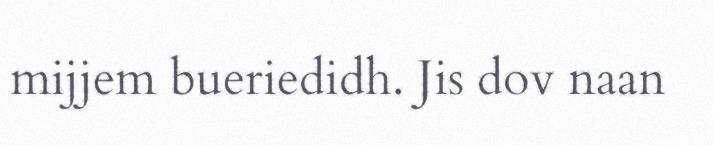
mijjem bueriedidh. Jis dov naan